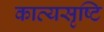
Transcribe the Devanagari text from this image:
काव्यसृष्टि